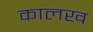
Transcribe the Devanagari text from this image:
कालख